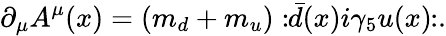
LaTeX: \partial_{\mu}A^{\mu}(x)=(m_{d}+m_{u}):\! \! {\bar{d}}(x)i\gamma_{5}u(x)\! \! :.